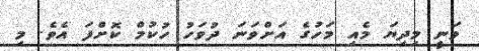
ވަނީ މިދިޔަ މެއި މަހުގެ އަށްވަނަ ދުވަހު ހުކުމް ކޮށްފަ އެވެ. މި